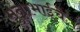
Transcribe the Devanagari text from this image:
मुन्नाभाईचे